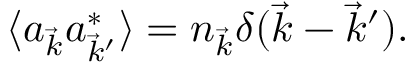
\langle a _ { \vec { k } } a _ { \vec { k } ^ { \prime } } ^ { * } \rangle = n _ { \vec { k } } \delta ( \vec { k } - \vec { k } ^ { \prime } ) .